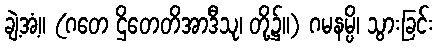
ချဲ့အံ့။ (ဂတေ ဌိတေတိအာဒီသု၊ တို့၌။) ဂမနမ္ပိ၊ သွားခြင်း